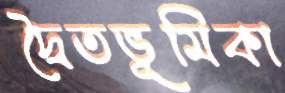
দ্বৈতভূমিকা